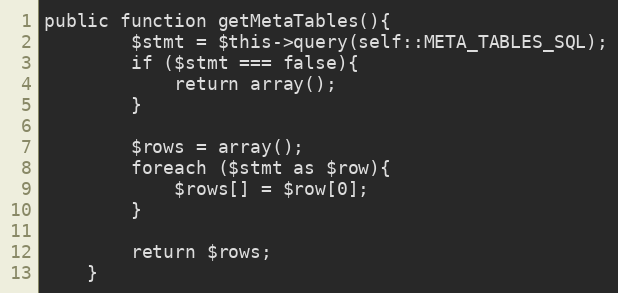
Language: PHP
public function getMetaTables(){
        $stmt = $this->query(self::META_TABLES_SQL);
        if ($stmt === false){
            return array();
        }

        $rows = array();
        foreach ($stmt as $row){
            $rows[] = $row[0];
        }

        return $rows;
    }